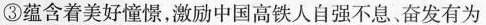
③蕴含着美好憧憬，激励中国高铁人自强不息。奋发有为